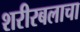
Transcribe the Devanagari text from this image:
शरीरबलाचा